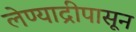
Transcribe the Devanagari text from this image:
लेण्याद्रीपासून